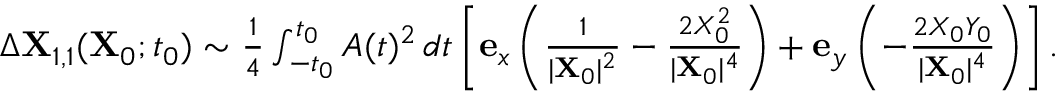
\begin{array} { r } { \Delta \mathbf { X } _ { 1 , 1 } ( \mathbf { X } _ { 0 } ; t _ { 0 } ) \sim \frac { 1 } { 4 } \int _ { - t _ { 0 } } ^ { t _ { 0 } } A ( t ) ^ { 2 } \, d t \left[ \mathbf { e } _ { x } \left( \frac { 1 } { \vert \mathbf { X } _ { 0 } \vert ^ { 2 } } - \frac { 2 X _ { 0 } ^ { 2 } } { \vert \mathbf { X } _ { 0 } \vert ^ { 4 } } \right) + \mathbf { e } _ { y } \left( - \frac { 2 X _ { 0 } Y _ { 0 } } { \vert \mathbf { X } _ { 0 } \vert ^ { 4 } } \right) \right] . } \end{array}